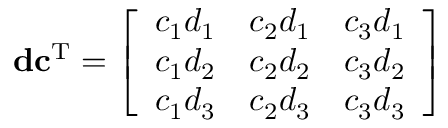
\mathbf { d } \mathbf { c } ^ { \mathrm { T } } = { \left[ \begin{array} { l l l } { c _ { 1 } d _ { 1 } } & { c _ { 2 } d _ { 1 } } & { c _ { 3 } d _ { 1 } } \\ { c _ { 1 } d _ { 2 } } & { c _ { 2 } d _ { 2 } } & { c _ { 3 } d _ { 2 } } \\ { c _ { 1 } d _ { 3 } } & { c _ { 2 } d _ { 3 } } & { c _ { 3 } d _ { 3 } } \end{array} \right] }